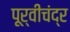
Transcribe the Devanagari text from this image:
पूर्वीचंद्र